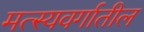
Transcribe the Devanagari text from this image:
मत्स्यवर्गातील